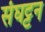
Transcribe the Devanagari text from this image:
संघट्टन